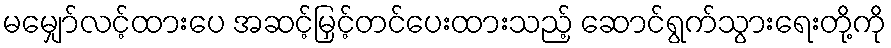
မမျှော်လင့်ထားပေ အဆင့်မြှင့်တင်ပေးထားသည့် ဆောင်ရွက်သွားရေးတို့ကို